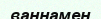
ваннамен